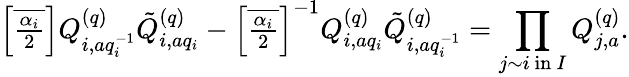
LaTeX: {\textstyle\left[\overline{{\frac{\alpha_{i}}{2}}}\right]}Q_{i,aq_{i}^{-1}}^{(q)}\tilde{Q}_{i,aq_{i}}^{(q)}-{\textstyle\left[\overline{{\frac{\alpha_{i}}{2}}}\right]^{-1}}Q_{i,aq_{i}}^{(q)}\tilde{Q}_{i,aq_{i}^{-1}}^{(q)}=\prod_{j\sim i\mathrm{~in~}I}Q_{j,a}^{(q)}.